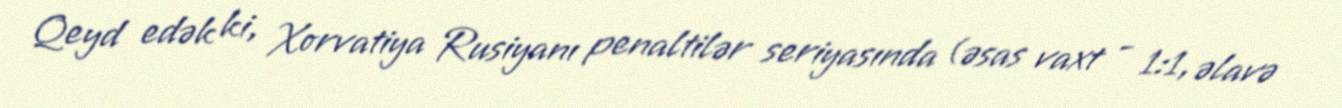
Qeyd edək ki, Xorvatiya Rusiyanı penaltilər seriyasında (əsas vaxt - 1:1, əlavə